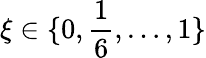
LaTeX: \xi\in\{ 0,\frac{1}{6},\dots,1\}